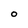
Character: O